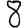
Digit: 8